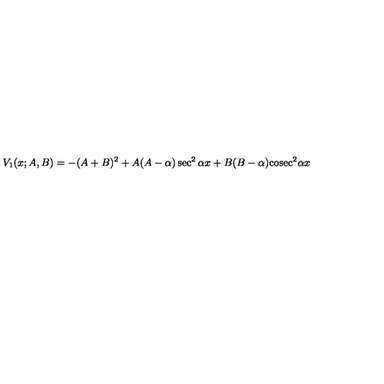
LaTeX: V _ { 1 } ( x ; A , B ) = - ( A + B ) ^ { 2 } + A ( A - \alpha ) \sec ^ { 2 } \alpha x + B ( B - \alpha ) \mathrm { c o s e c } ^ { 2 } \alpha x